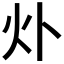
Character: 𤆊